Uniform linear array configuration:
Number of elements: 4
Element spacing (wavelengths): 0.75
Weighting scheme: binomial
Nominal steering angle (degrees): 15
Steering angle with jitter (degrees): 13.81
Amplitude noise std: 0.05
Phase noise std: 0.05

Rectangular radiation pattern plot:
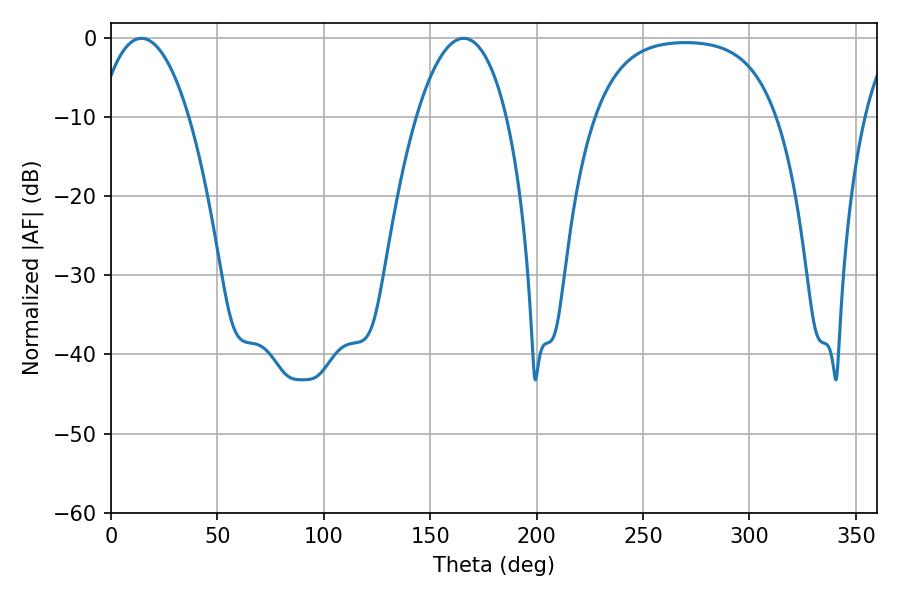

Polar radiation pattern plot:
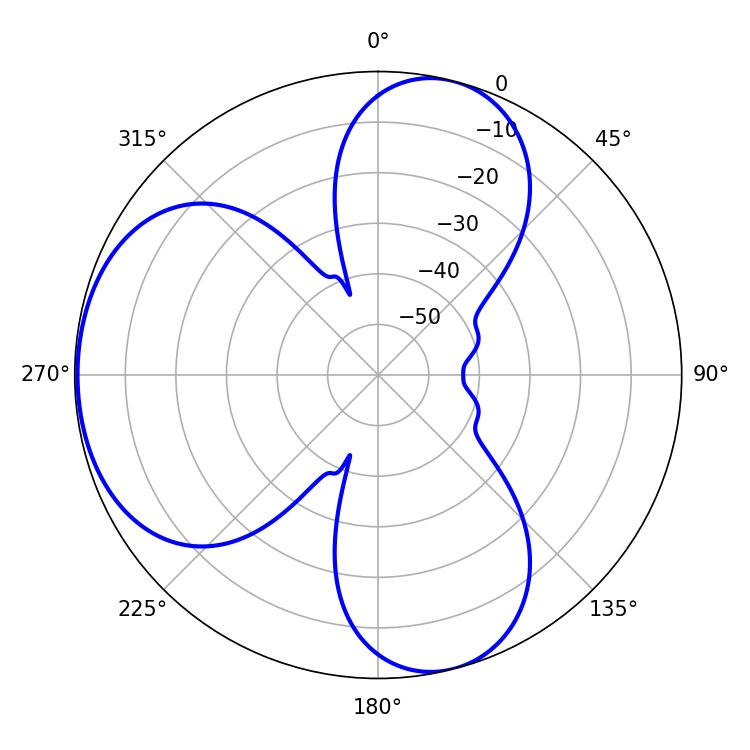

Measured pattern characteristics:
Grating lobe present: TRUE
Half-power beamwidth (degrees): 23.58
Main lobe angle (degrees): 14.22